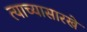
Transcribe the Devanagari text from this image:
त्याच्यासारखे